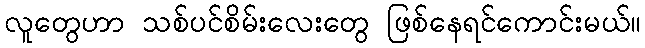
လူတွေဟာ သစ်ပင်စိမ်းလေးတွေ ဖြစ်နေရင်ကောင်းမယ်။